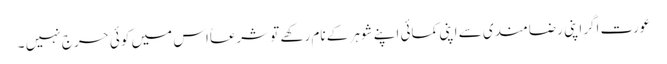
عورت اگراپنی رضامندی سے اپنی کمائی اپنے شوہر کے نام رکھے تو شرعاًاس میں کوئی حرج نہیں ۔